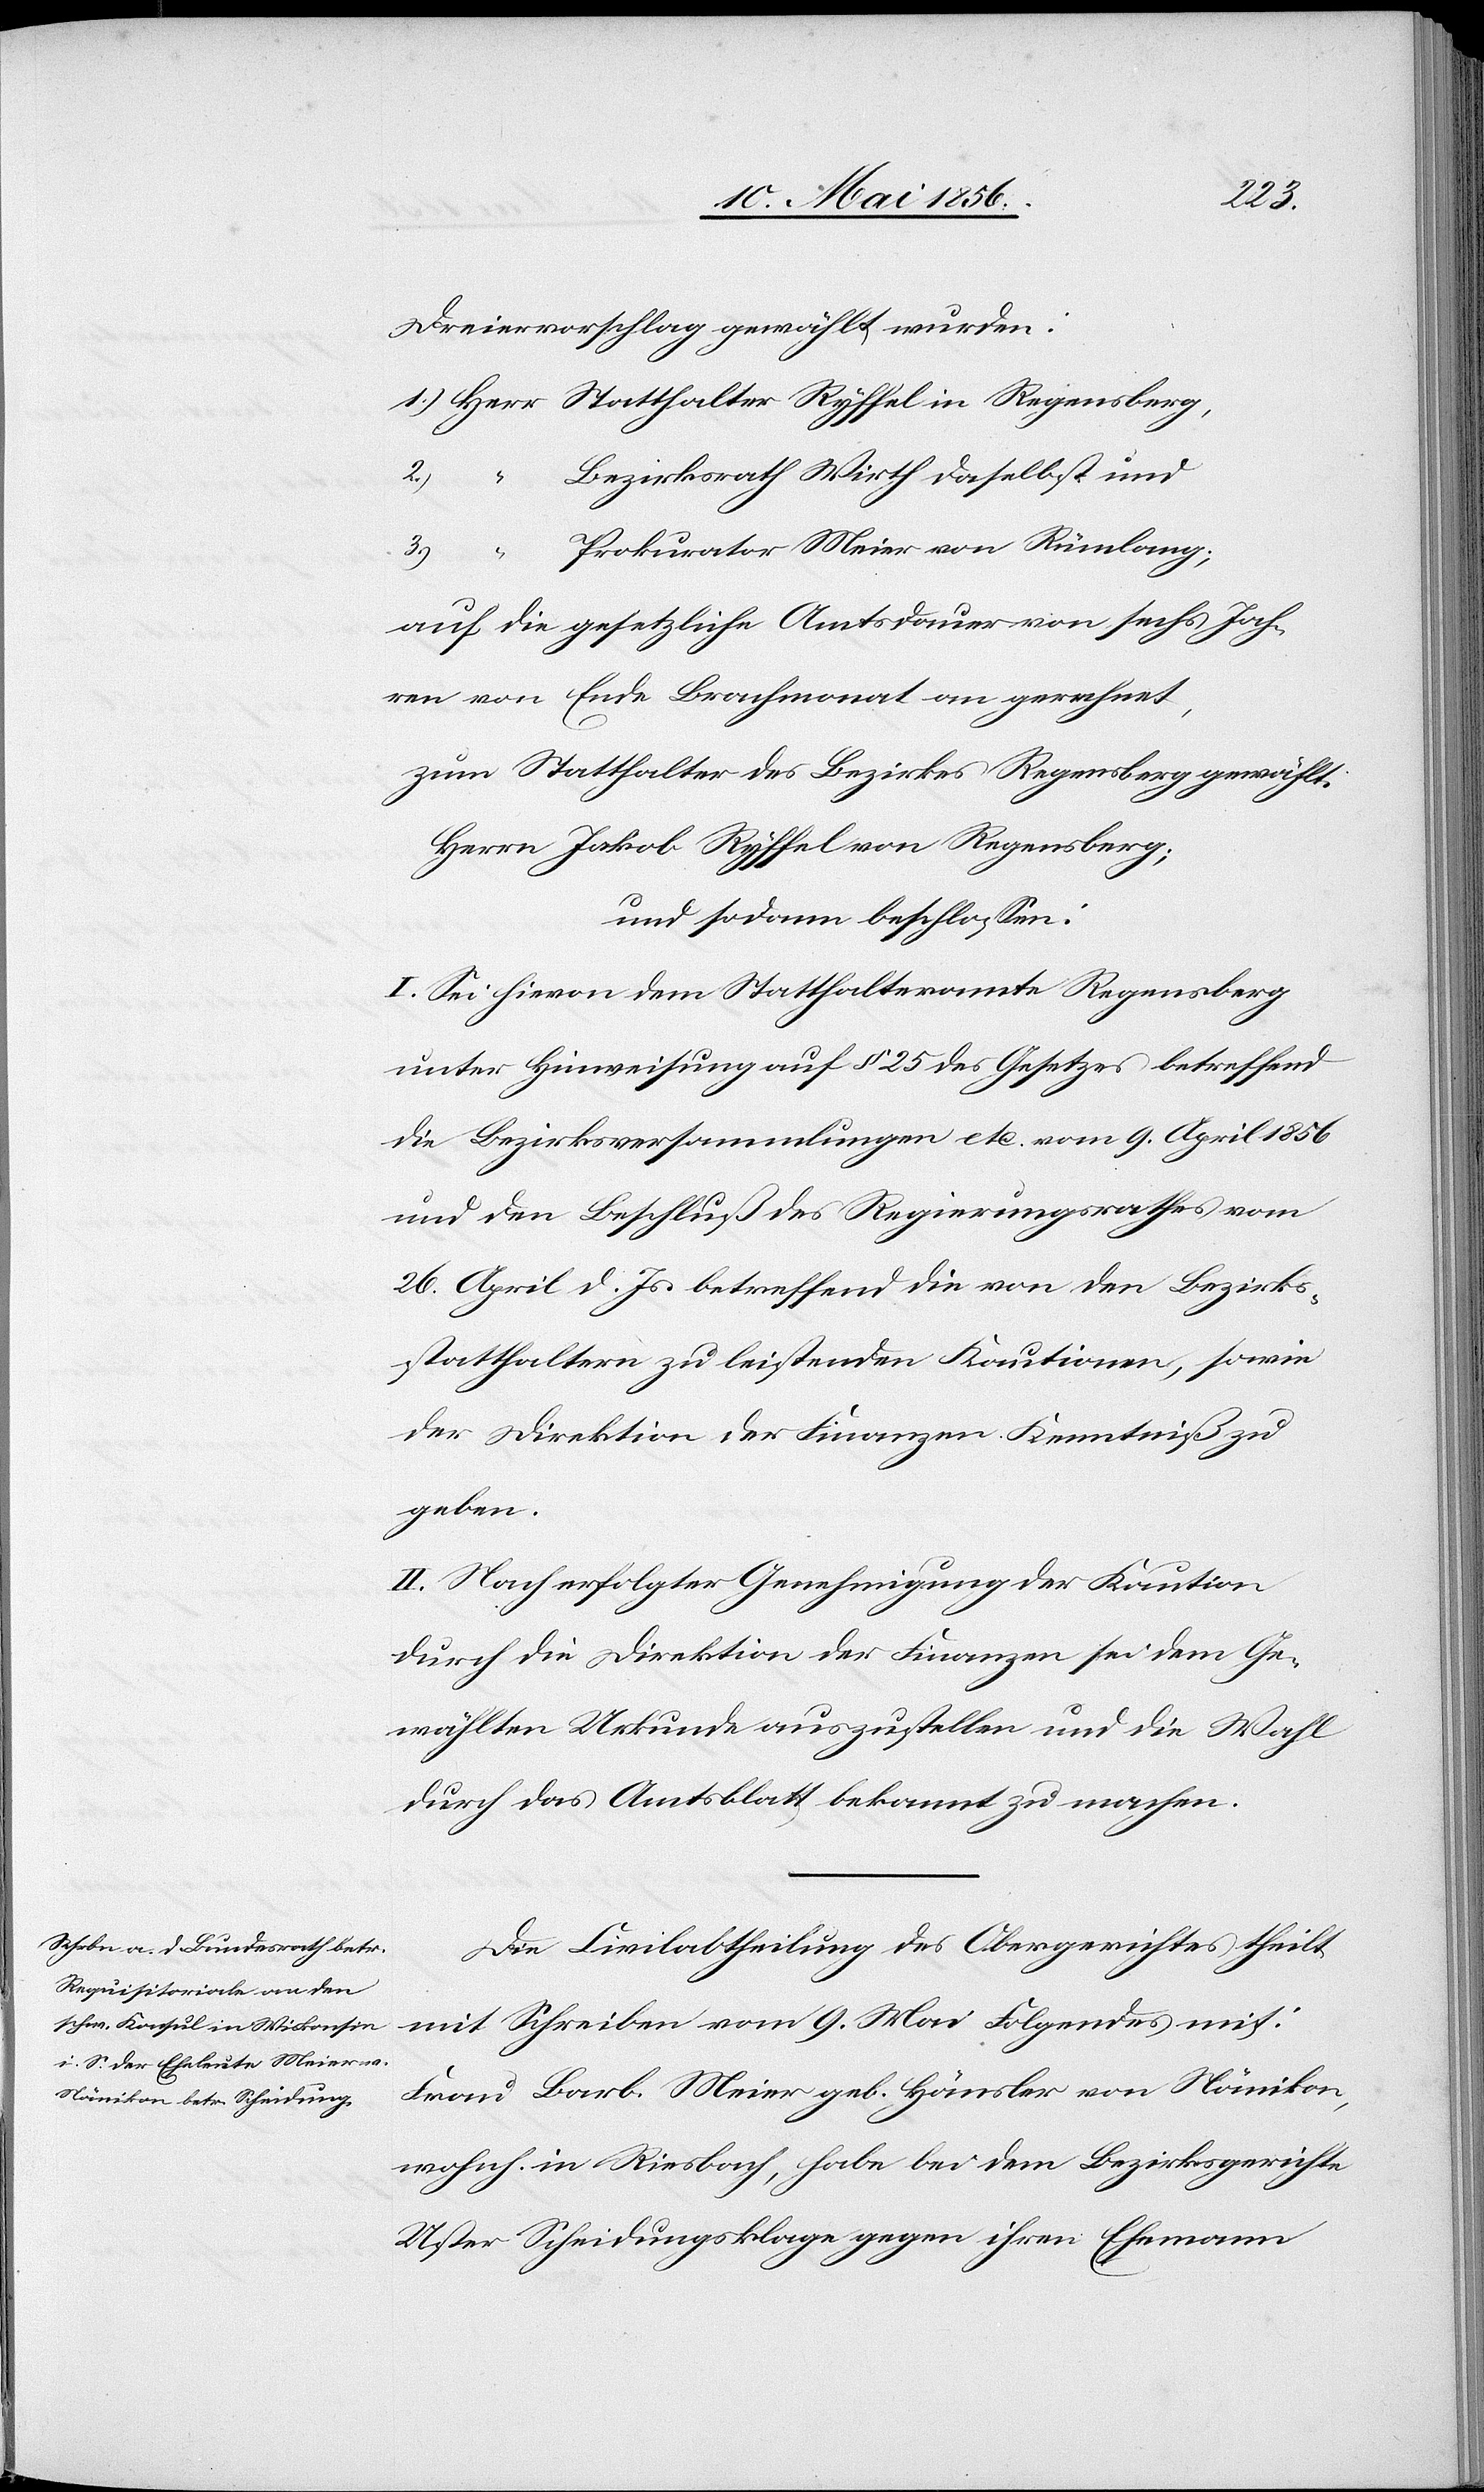
Dreiervorschlag gewählt wurden:
1.) Herr Statthalter Ryffel in Regensberg,
“	Bezirksrath Wirth daselbst und
“	Prokurator Meier von Rümlang;
3.)
2.)
auf die gesetzliche Amtsdauer von sechs Jah¬
ren von Ende Brachmonat an gerechnet,
zum Statthalter des Bezirkes Regensberg gewählt:
Herrn Jakob Ryffel von Regensberg;
und sodann beschlossen:
I. Sei hievon dem Statthalteramte Regensberg
unter Hinweisung auf § 25 des Gesetzes betreffend
die Bezirksversammlungen etc. vom 9. April 1856
und den Beschluß des Regierungsrathes vom
26. April d. Js. betreffend die von den Bezirks¬
statthaltern zu leistenden Kautionen, sowie
der Direktion der Finanzen Kenntniß zu
geben.
II. Nach erfolgter Genehmigung der Kaution
durch die Direktion der Finanzen sei dem Ge¬
wählten Urkunde auszustellen und die Wahl
durch das Amtsblatt bekannt zu machen.
Die Civilabtheilung des Obergerichtes theilt
mit Schreiben vom 9. Mai Folgendes mit:
Frau Barb. Meier geb. Hänsler von Nänikon,
wohnh. in Riesbach, habe bei dem Bezirksgerichte
Uster Scheidungsklage gegen ihren Ehemann